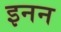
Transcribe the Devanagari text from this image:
इनन